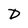
Character: D